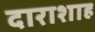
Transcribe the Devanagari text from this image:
दाराशाह